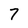
Character: 7